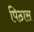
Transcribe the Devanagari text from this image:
पिठास